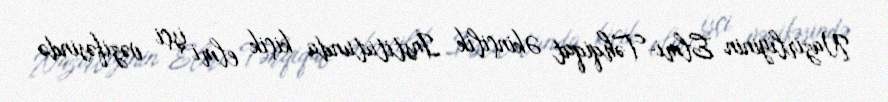
Nazirliyinin Elmi-Təhqiqat Əkinçilik İnstitutunda kiçik elmi işçi vəzifəsində